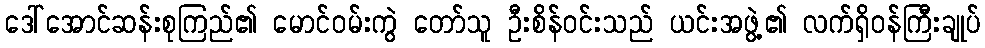
ဒေါ်အောင်ဆန်းစုကြည်၏ မောင်ဝမ်းကွဲ တော်သူ ဦးစိန်ဝင်းသည် ယင်းအဖွဲ့၏ လက်ရှိဝန်ကြီးချုပ်